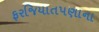
ફરજિયાતપણાના